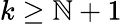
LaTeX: k\geq\mathbb{N}+1